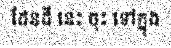
ដែនដី នេះ ចុះ ទៅក្នុង